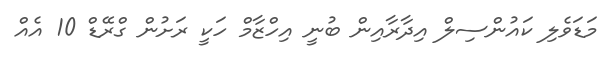
މަޑަވެލި ކައުންސިލް އިދާރާއިން ބުނީ އިހްޒާމް ހަކީ ރަށުން ގްރޭޑް 10 އެއް